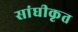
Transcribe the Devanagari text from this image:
सांघीकृत